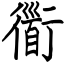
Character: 衟